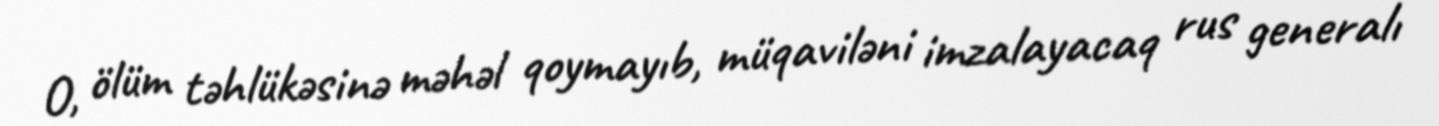
O, ölüm təhlükəsinə məhəl qoymayıb, müqaviləni imzalayacaq rus generalı